Annual report of the Civil Veterinary Department, Bengal, for the year 1897-98 - 1897-1898
Year: 1897
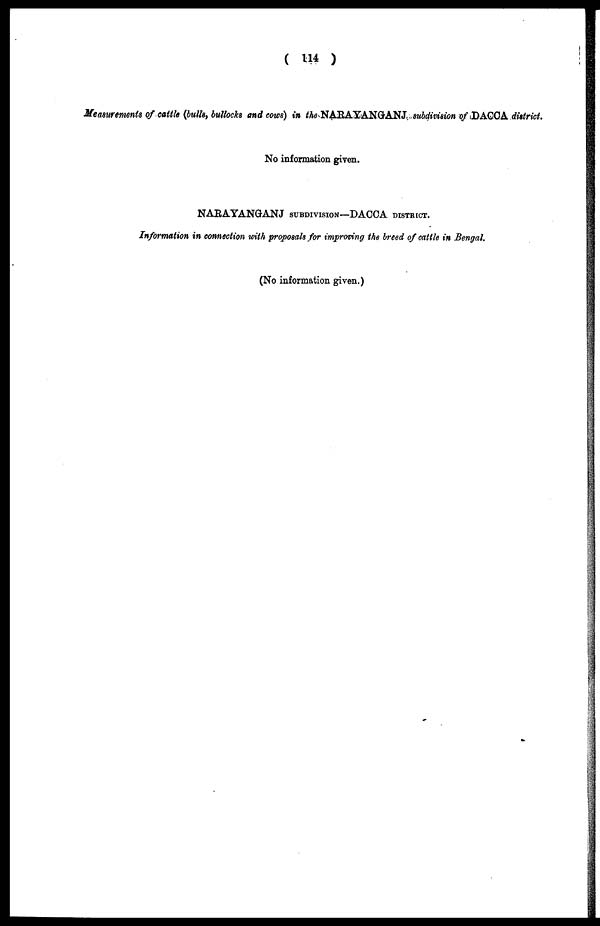
(114)
Measurements of cattle (bulls, bullocks and cows) in the NARAYANGANJ subdivision of DACCA district.
No information given.
NARAYANGANJ SUBDIVISION—DACCA DISTRICT.
Information in connection with proposals for improving the breed of cattle in Bengal.
(No information given.)